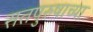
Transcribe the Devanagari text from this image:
सतपुरुषाच्या